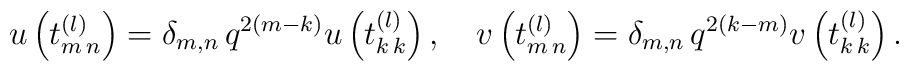
u\left(t^{(l)}_{m\,n}\right) =\delta_{m,n}\, q^{2(m-k)} u\left(t^{(l)}_{k\,k}\right),\quad v\left(t^{(l)}_{m\,n}\right) =\delta_{m,n}\, q^{2(k-m)} v\left(t^{(l)}_{k\,k}\right) .